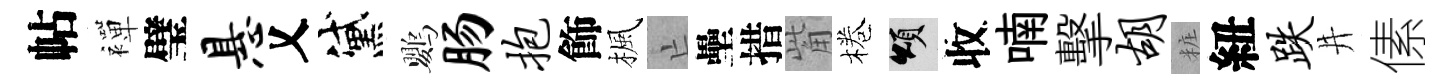
帖襌璧悬乂黛鸚肠抱飾楓亡壘措觜棬頌收喃擊胡粧紐跌井傃